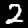
Label: 2